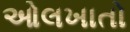
ઓલખાતો